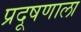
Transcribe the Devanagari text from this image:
प्रदूषणाला